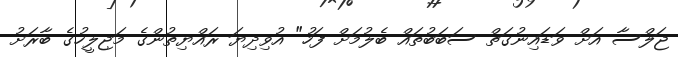
ޖަލްސާ އަށް ވަޑައިނުގަތް ސަބަބުތައް ބެލުމަށް ފަހު" އުވިދިޔަ ރައްޔިތުންގެ މަޖިލީހުގެ ބާރަށު